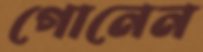
গোনেন